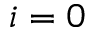
i = 0